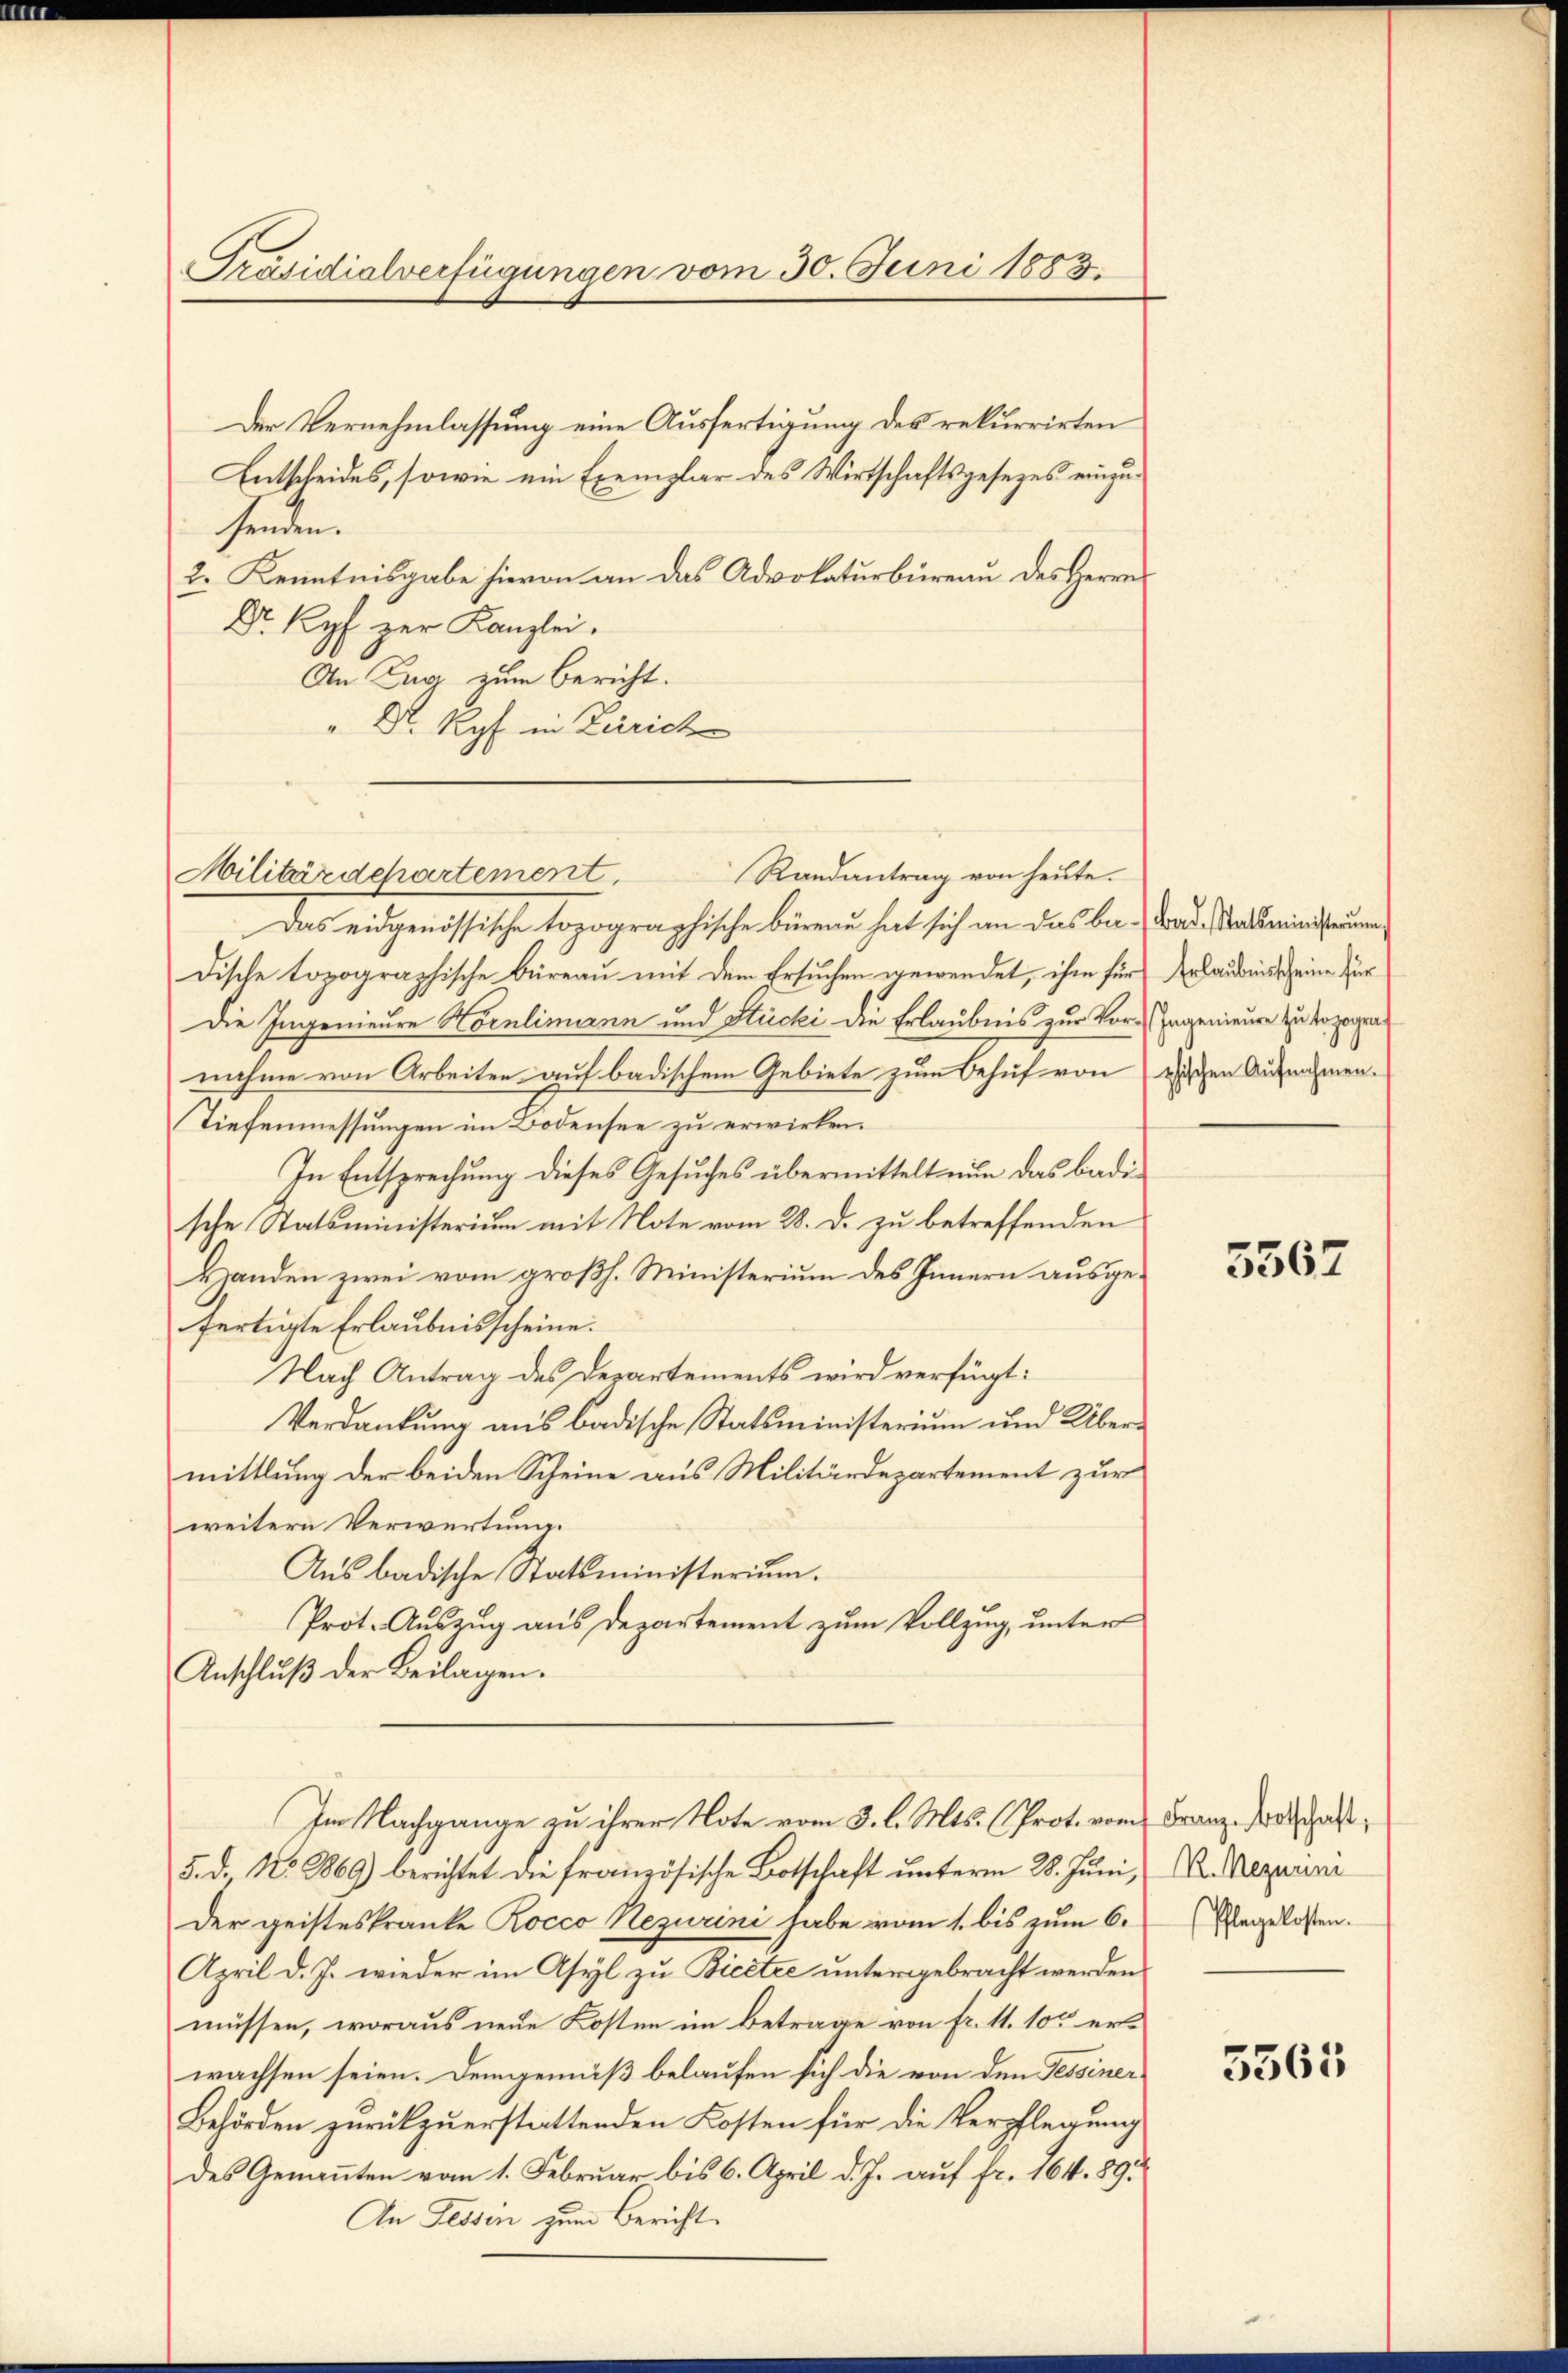
Präsidialverfügungen vom 30. Juni 1883.

Der Vernehmlassung eine Ausfertigung des rekurrirten
Entscheides, sowie ein Exemplar des Wirtschaftsgesezes einzusenden.
2. Kenntnisgabe hievon an das Advokaturbureau des Herrn
Dr. Kopf zur Kanzlei.
An Zug zum Bericht.
" Dr. Ryf in Zürich

Randans
Militärdepartement.

i von heute.

Das eidgenössische topographische Büreau hat sich an das be- Bad Statsministerumdische topographische Büreau mit dem Ersuchen gewendet, ihm für Erlaubnis seine für
Die Ingenieure Hornlimann und Stucki die Erlaubnis zur Vor-Ingenieure zu bezogen
nahme von Arbeiten auf badischem Gebiete zum Behuf von Tischen Aufnahmen.
Tiefenmessungen im Bodensee zu erwirken.
In Entsprechung dieses Gesuches übermittelt nun das Badische Statsministerium mit Note vom 28. d. zu betreffenden
Handen zwei vom großh. Ministerium des Innern ausgefertigte Erlaubnisscheine.
Nach Antrag des Departements wird verfügt:
Verdankung aus badische Statsministerium und Übermittlung der beiden Scheine aus Militärdepartement zur
weitern Verwertung.
Aus badische Statsministerium.
Prot. Auszug aus Departement zum Vollzug, unter
Anschluß der Beilagen.
Im Nachgange zu ihrer Note vom 3. l. Mts. (Prot. vom Franz Botschaft,
5. d. 289) berichtet die französische Botschaft unterm 28. Juni, D. Rezurini
Der geisteskranke Rocco Nezurini habe vom 1. bis zum 6.
April d. J. wieder im Asyl zu Bicetze untergebracht werden
müssen, woraus neue Kosten im Betrage von Fr. 11. 10te erwachsen seien. Demgemäß belaufen sich die von den Tessiner
Behörden zurückzuerstattenden Kosten für die Verpflegung
des Genannten vom 1. Februar bis 6. April d. J. auf fr. 164. 89.
An Tessin zum Bericht

5567

(Pflegekosten.

5565